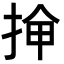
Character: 𫼸